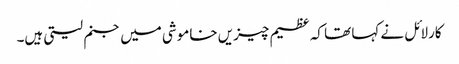
کارلائل نے کہا تھا کہ عظیم چیزیں خاموشی میں جنم لیتی ہیں۔